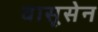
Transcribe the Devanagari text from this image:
वासूसेन